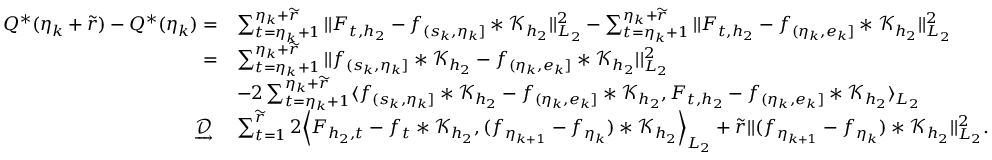
\begin{array} { r l } { Q ^ { * } ( \eta _ { k } + \widetilde { r } ) - Q ^ { * } ( \eta _ { k } ) = } & { \sum _ { t = \eta _ { k } + 1 } ^ { \eta _ { k } + \widetilde { r } } \vert \vert F _ { t , { h _ { 2 } } } - f _ { ( s _ { k } , \eta _ { k } ] } \ast \mathcal { K } _ { { h _ { 2 } } } \vert \vert _ { L _ { 2 } } ^ { 2 } - \sum _ { t = \eta _ { k } + 1 } ^ { \eta _ { k } + \widetilde { r } } \vert \vert F _ { t , { h _ { 2 } } } - f _ { ( \eta _ { k } , e _ { k } ] } \ast \mathcal { K } _ { h _ { 2 } } \vert \vert _ { L _ { 2 } } ^ { 2 } } \\ { = } & { \sum _ { t = \eta _ { k } + 1 } ^ { \eta _ { k } + \widetilde { r } } \vert \vert f _ { ( s _ { k } , \eta _ { k } ] } \ast \mathcal { K } _ { { h _ { 2 } } } - f _ { ( \eta _ { k } , e _ { k } ] } \ast \mathcal { K } _ { h _ { 2 } } \vert \vert _ { L _ { 2 } } ^ { 2 } } \\ & { - 2 \sum _ { t = \eta _ { k } + 1 } ^ { \eta _ { k } + \widetilde { r } } \langle f _ { ( s _ { k } , \eta _ { k } ] } \ast \mathcal { K } _ { { h _ { 2 } } } - f _ { ( \eta _ { k } , e _ { k } ] } \ast \mathcal { K } _ { h _ { 2 } } , F _ { t , { h _ { 2 } } } - f _ { ( \eta _ { k } , e _ { k } ] } \ast \mathcal { K } _ { h _ { 2 } } \rangle _ { L _ { 2 } } } \\ { \ \underrightarrow { \mathcal { D } } \ } & { \sum _ { t = 1 } ^ { \widetilde { r } } 2 \Big \langle F _ { { h _ { 2 } } , t } - f _ { t } * \mathcal { K } _ { h _ { 2 } } , ( f _ { \eta _ { k + 1 } } - f _ { \eta _ { k } } ) * \mathcal { K } _ { h _ { 2 } } \Big \rangle _ { L _ { 2 } } + \widetilde { r } \vert \vert ( f _ { \eta _ { k + 1 } } - f _ { \eta _ { k } } ) * \mathcal { K } _ { h _ { 2 } } \vert \vert _ { L _ { 2 } } ^ { 2 } . } \end{array}